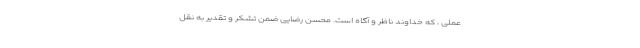
عملی ، که خداوند ناظر و آگاه است. محسن رضایی ضمن تشکر و تقدیر به نقل